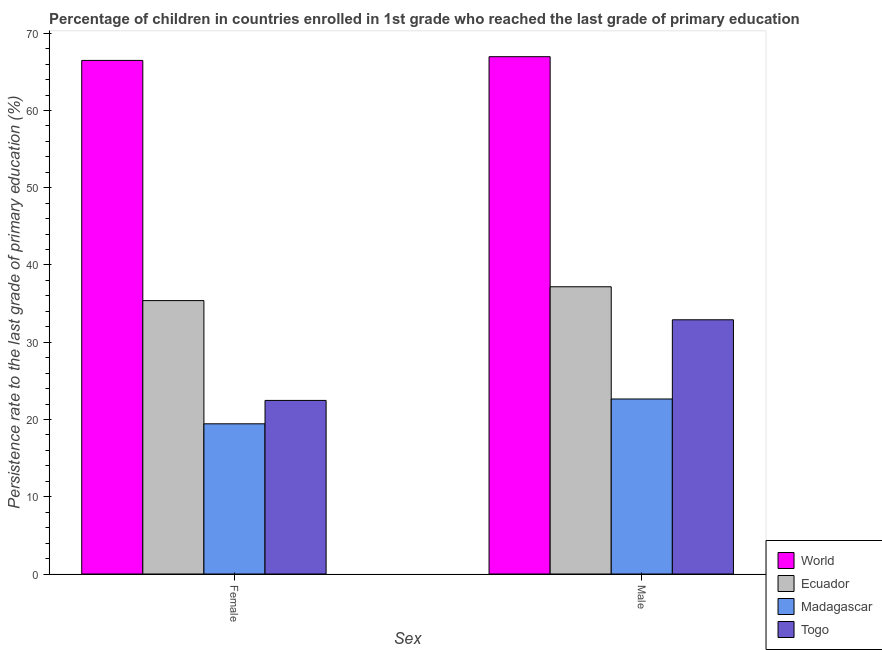
| Sex | World | Ecuador | Madagascar | Togo |
 | --- | --- | --- | --- | --- |
 | Female | 66.5 | 35.4 | 19.4 | 22.5 |
 | Male | 67 | 37.2 | 22.7 | 32.9 |